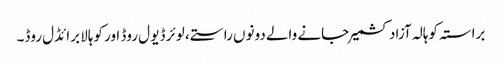
براستہ کوہالہ آزاد کشمیر جانے والے دونوں راستے، لوئر ڈیو ل روڈ اور کوہالا برائڈل روڈ۔